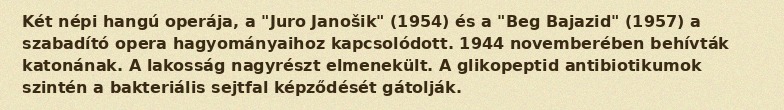
Két népi hangú operája, a "Juro Janošik" (1954) és a "Beg Bajazid" (1957) a szabadító opera hagyományaihoz kapcsolódott. 1944 novemberében behívták katonának. A lakosság nagyrészt elmenekült. A glikopeptid antibiotikumok szintén a bakteriális sejtfal képződését gátolják.